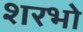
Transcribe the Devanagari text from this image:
शरभो